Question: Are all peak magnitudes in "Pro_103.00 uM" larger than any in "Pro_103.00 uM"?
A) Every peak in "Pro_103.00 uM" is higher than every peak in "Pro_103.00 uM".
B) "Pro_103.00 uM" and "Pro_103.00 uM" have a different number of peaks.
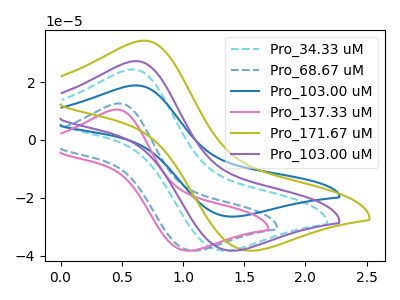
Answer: <think>The cyan dashed curve "Pro_34.33 uM" has an anodic peak at (0.60V, 24.45uA) and a cathodic peak at (1.30V, -38.30uA). The blue dashed curve "Pro_68.67 uM" has an anodic peak at (0.50V, 12.65uA) and a cathodic peak at (1.05V, -38.30uA). The blue curve "Pro_103.00 uM" has an anodic peak at (0.60V, 18.90uA) and a cathodic peak at (1.40V, -26.50uA). The pink curve "Pro_137.33 uM" has an anodic peak at (0.45V, 10.55uA) and a cathodic peak at (1.00V, -38.30uA). The olive curve "Pro_171.67 uM" has an anodic peak at (0.70V, 34.40uA) and a cathodic peak at (1.50V, -38.30uA). The purple curve "Pro_103.00 uM" has an anodic peak at (0.60V, 27.30uA) and a cathodic peak at (1.40V, -38.30uA).</think>
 <answer>A) Every peak in "Pro_103.00 uM" is higher than every peak in "Pro_103.00 uM".</answer>
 <eval>A</eval>